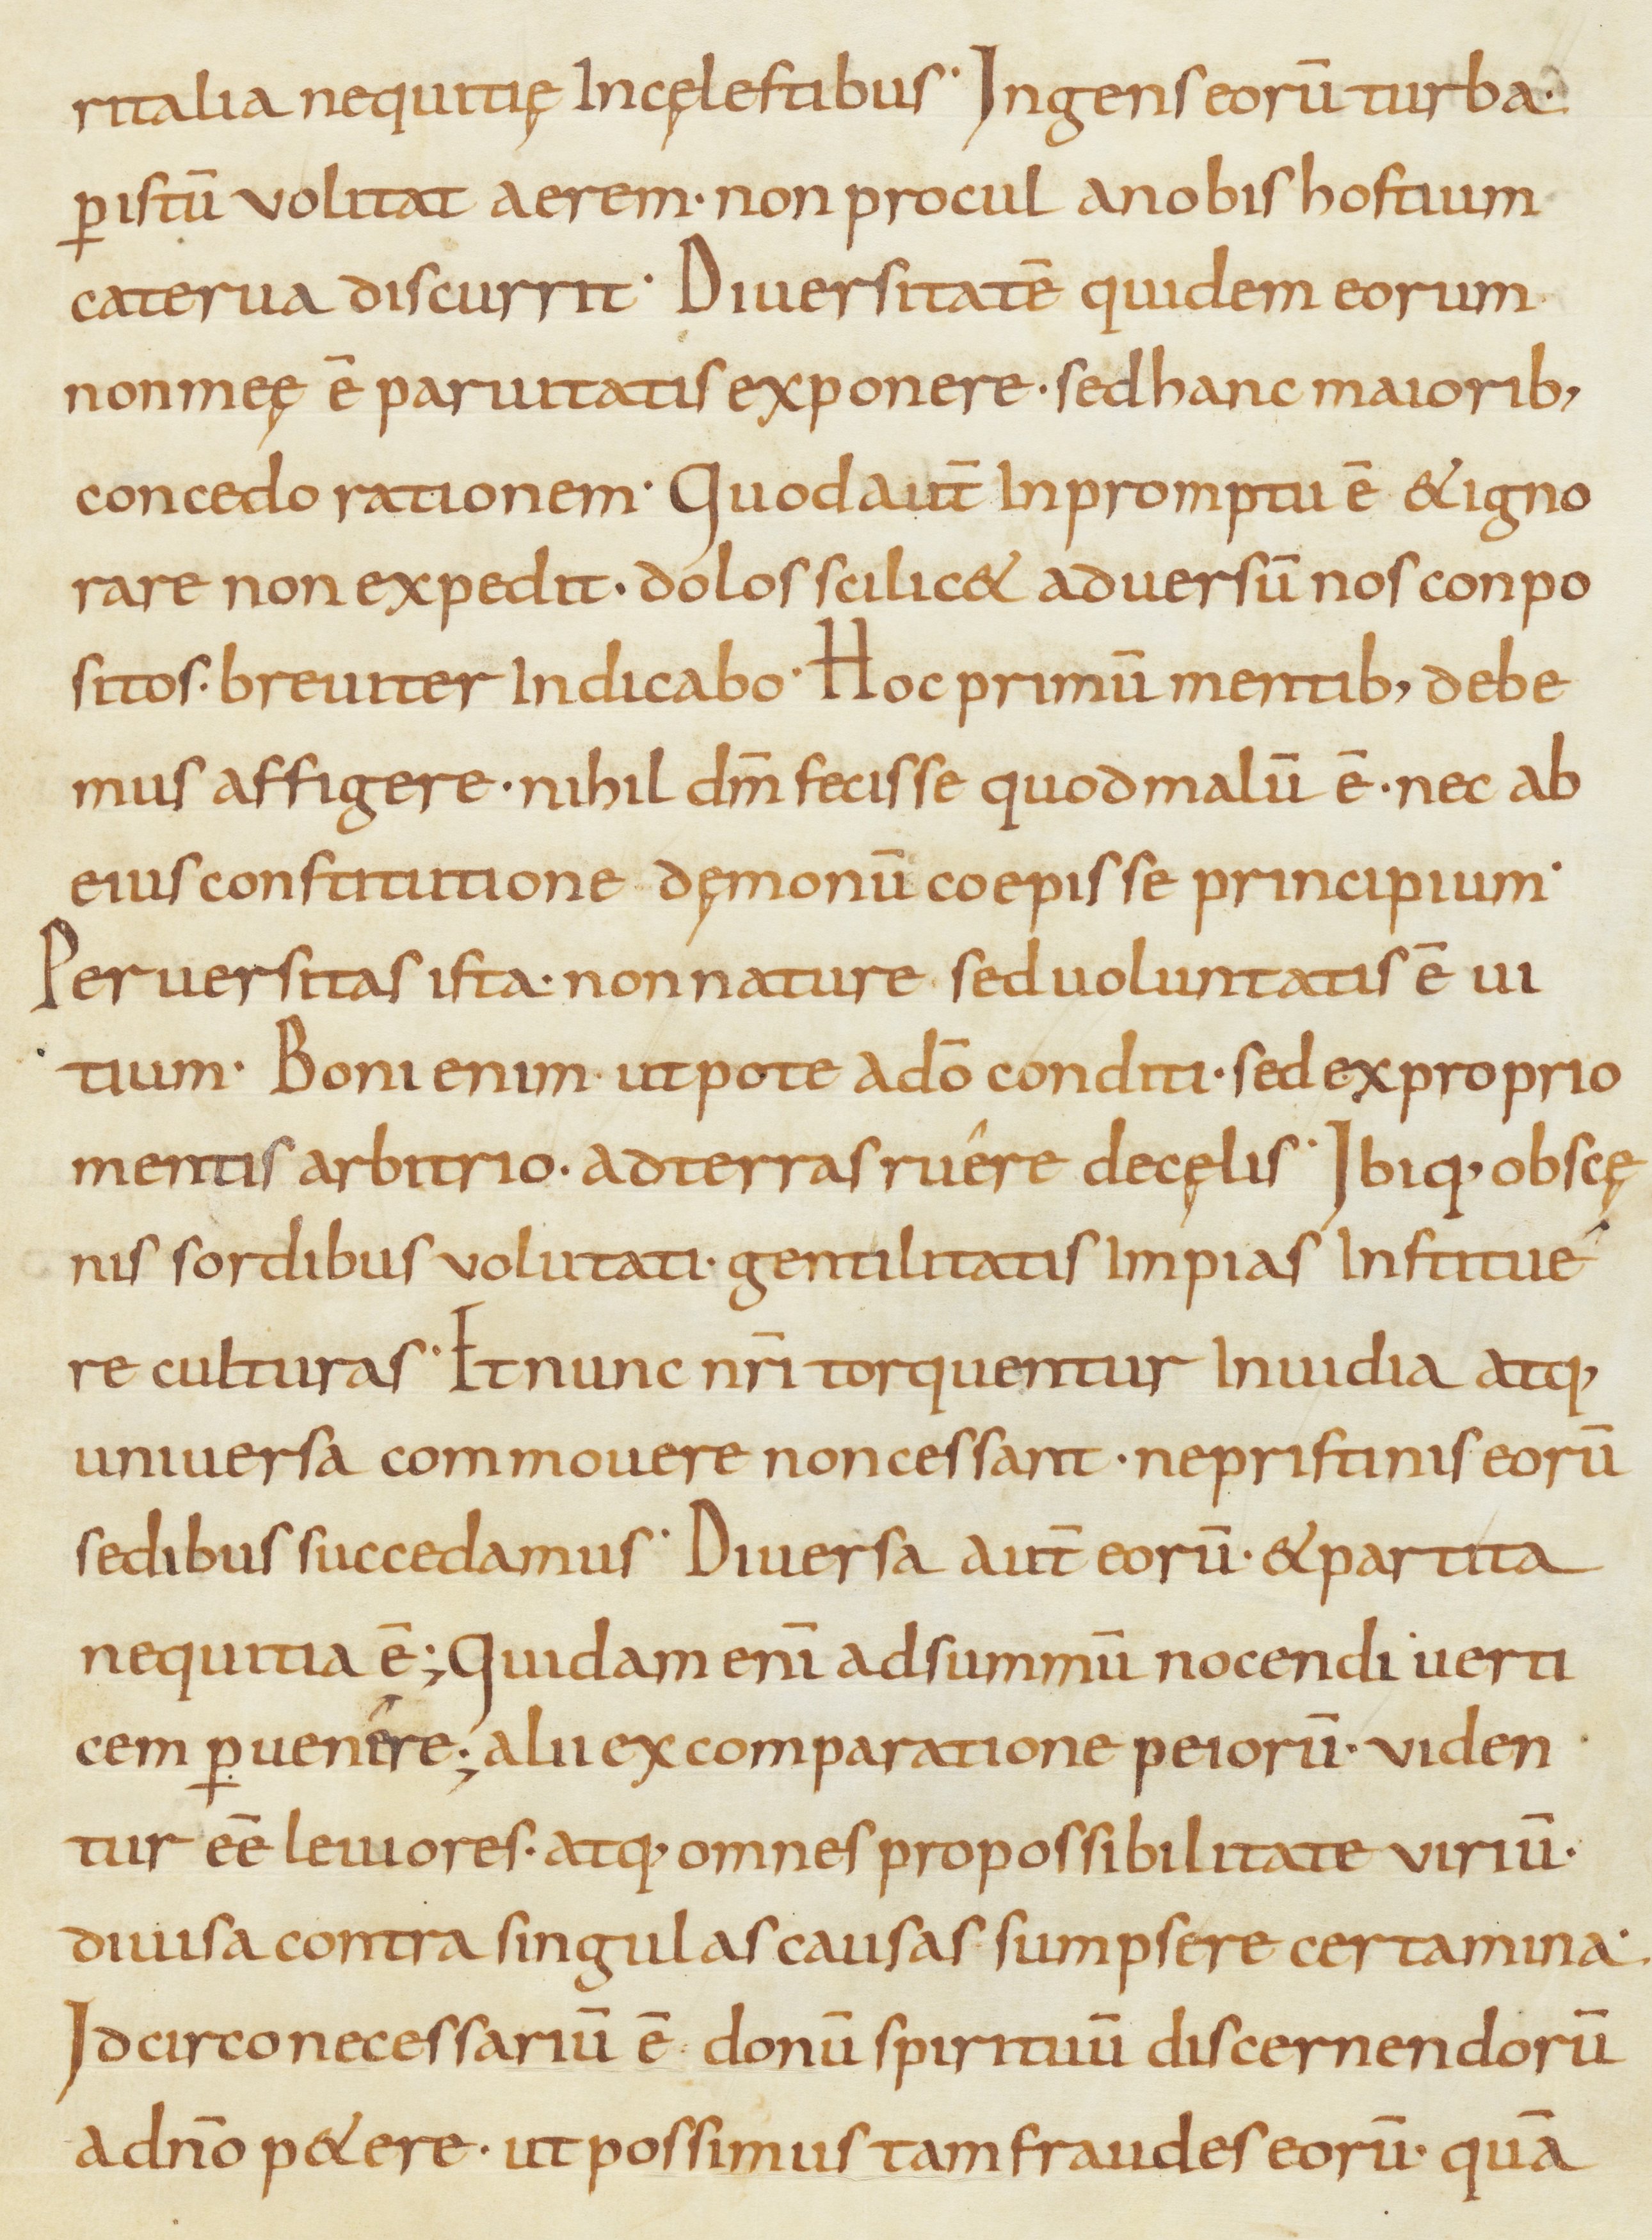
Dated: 800–899